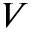
V